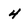
Character: 4